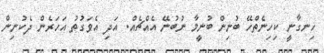
ހިނގާނީ ކިހިނެތްހޭ ބުނިން ބުނީމާ ނުބުނޭ އެއްޗެއް. އަދި އެވަގުތު އަހަރެން ދެކުނިން